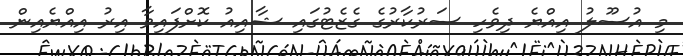
މި އުސޫލު އިއްޔެ ދިވެހި ސަރުކާރުގެ ގެޒެޓުގައި ޝާއިއު ކޮށްފައިވާ އިރު އިއްޔެއިން